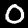
Digit: 0